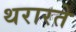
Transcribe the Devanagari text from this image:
थरारते